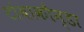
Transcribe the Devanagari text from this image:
टांबाकौन्डा